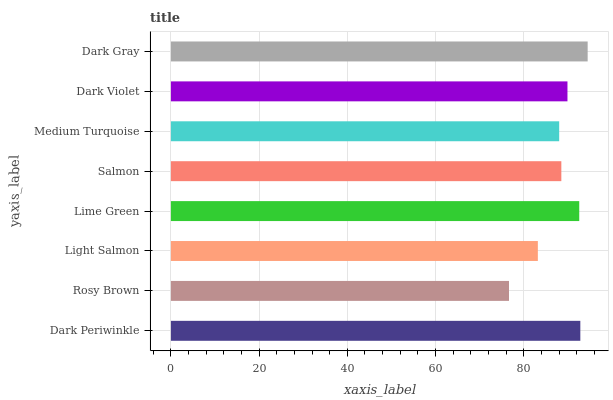
| yaxis_label | bars |
 | --- | --- |
 | Dark Periwinkle | 92.8 |
 | Rosy Brown | 76.7 |
 | Light Salmon | 83.2 |
 | Lime Green | 92.6 |
 | Salmon | 88.5 |
 | Medium Turquoise | 88 |
 | Dark Violet | 89.9 |
 | Dark Gray | 94.5 |